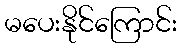
မပေးနိုင်ကြောင်း